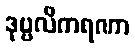
ဒုဗ္ဗလီကရဏာ